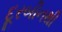
દૂરબીનથી